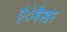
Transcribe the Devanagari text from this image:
एंेबैस्डर